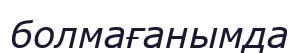
болмағанымда